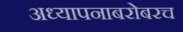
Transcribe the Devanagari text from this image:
अध्यापनाबरोबरच